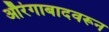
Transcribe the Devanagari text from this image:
औरंगाबादवरून